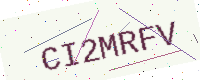
Text: CI2MRFV